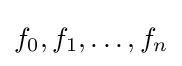
f_{0},f_{1},\dots ,f_{n}